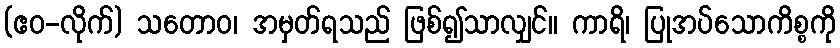
(ဧဝ-လိုက်) သတောဝ၊ အမှတ်ရသည် ဖြစ်၍သာလျှင်။ ကာရိ၊ ပြုအပ်သောကိစ္စကို